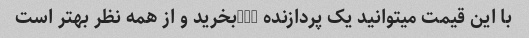
با این قیمت میتوانید یک پردازنده amdبخرید و از همه نظر بهتر است